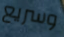
وسريع